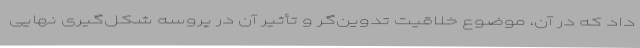
داد که در آن، موضوع خلاقیت تدوین‌گر و تأثیر آن در پروسه شکل‌گیری نهایی